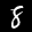
Label: 8